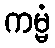
ကမ္မံ